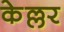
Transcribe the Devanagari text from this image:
केल्लर